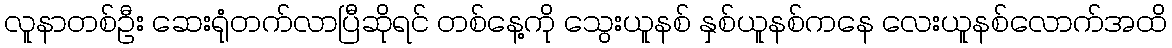
လူနာတစ်ဦး ဆေးရုံတက်လာပြီဆိုရင် တစ်နေ့ကို သွေးယူနစ် နှစ်ယူနစ်ကနေ လေးယူနစ်လောက်အထိ